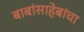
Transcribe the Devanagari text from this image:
बाबांसाहेबांचा